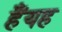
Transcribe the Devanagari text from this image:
हैंयह